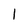
Character: l